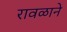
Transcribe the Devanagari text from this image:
रावळाने